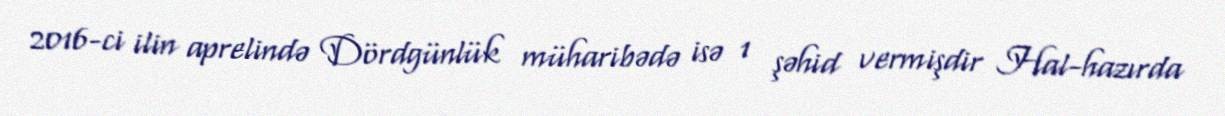
2016-ci ilin aprelində Dördgünlük müharibədə isə 1 şəhid vermişdir Hal-hazırda